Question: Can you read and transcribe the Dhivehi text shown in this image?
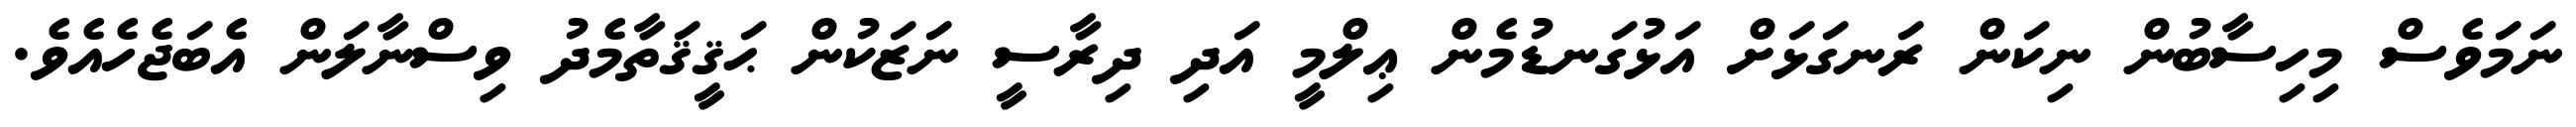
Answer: ނަމަވެސް މިހިސާބުން ނިކަން ރަނގަޅަށް އަޅުގަނޑުމެން ޢިލްމީ އަދި ދިރާސީ ނަޒަކުން ޙަޤީޤަތާމެދު ވިސްނާލަން އެބަޖެހެއެވެ.